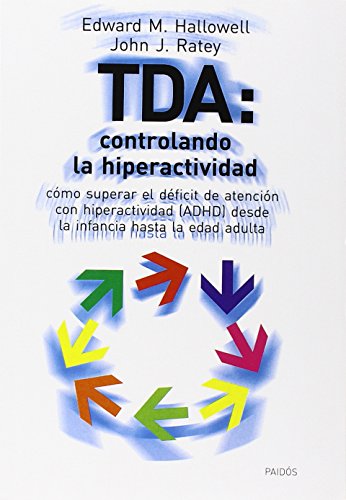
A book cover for TDA: Controlando la hiperactividad. Como superar el Deficit de Atencion con Hiperactividad (ADHD) desde la infancia hasta la edad adulta / Controlling Hype (Spanish Edition); Edward M. Hallowell; Parenting & Relationships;